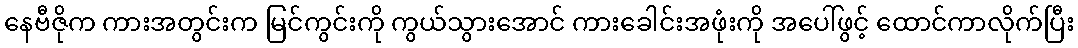
နေဗီဇိုက ကားအတွင်းက မြင်ကွင်းကို ကွယ်သွားအောင် ကားခေါင်းအဖုံးကို အပေါ်ဖွင့် ထောင်ကာလိုက်ပြီး